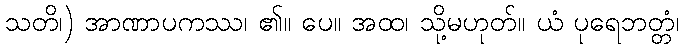
သတိ၊) အာဏာပကဿ၊ ၏။ ပေ။ အထ၊ သို့မဟုတ်။ ယံ ပုရေဘတ္တံ၊